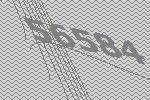
56584